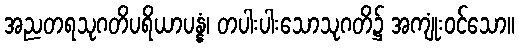
အညတရသုဂတိပရိယာပန္နံ၊ တပါးပါးသောသုဂတိ၌ အကျုံးဝင်သော။